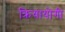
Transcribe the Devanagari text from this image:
क्रियायोगी